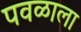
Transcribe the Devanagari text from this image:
पवळाला